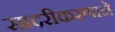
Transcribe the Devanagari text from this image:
सादरीकरणाने